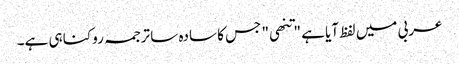
عربی میں لفظ آیا ہے "تنھی" جس کا سادہ سا ترجمہ روکنا ہی ہے۔